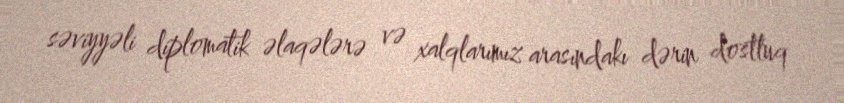
səviyyəli diplomatik əlaqələrə və xalqlarımız arasındakı dərin dostluq